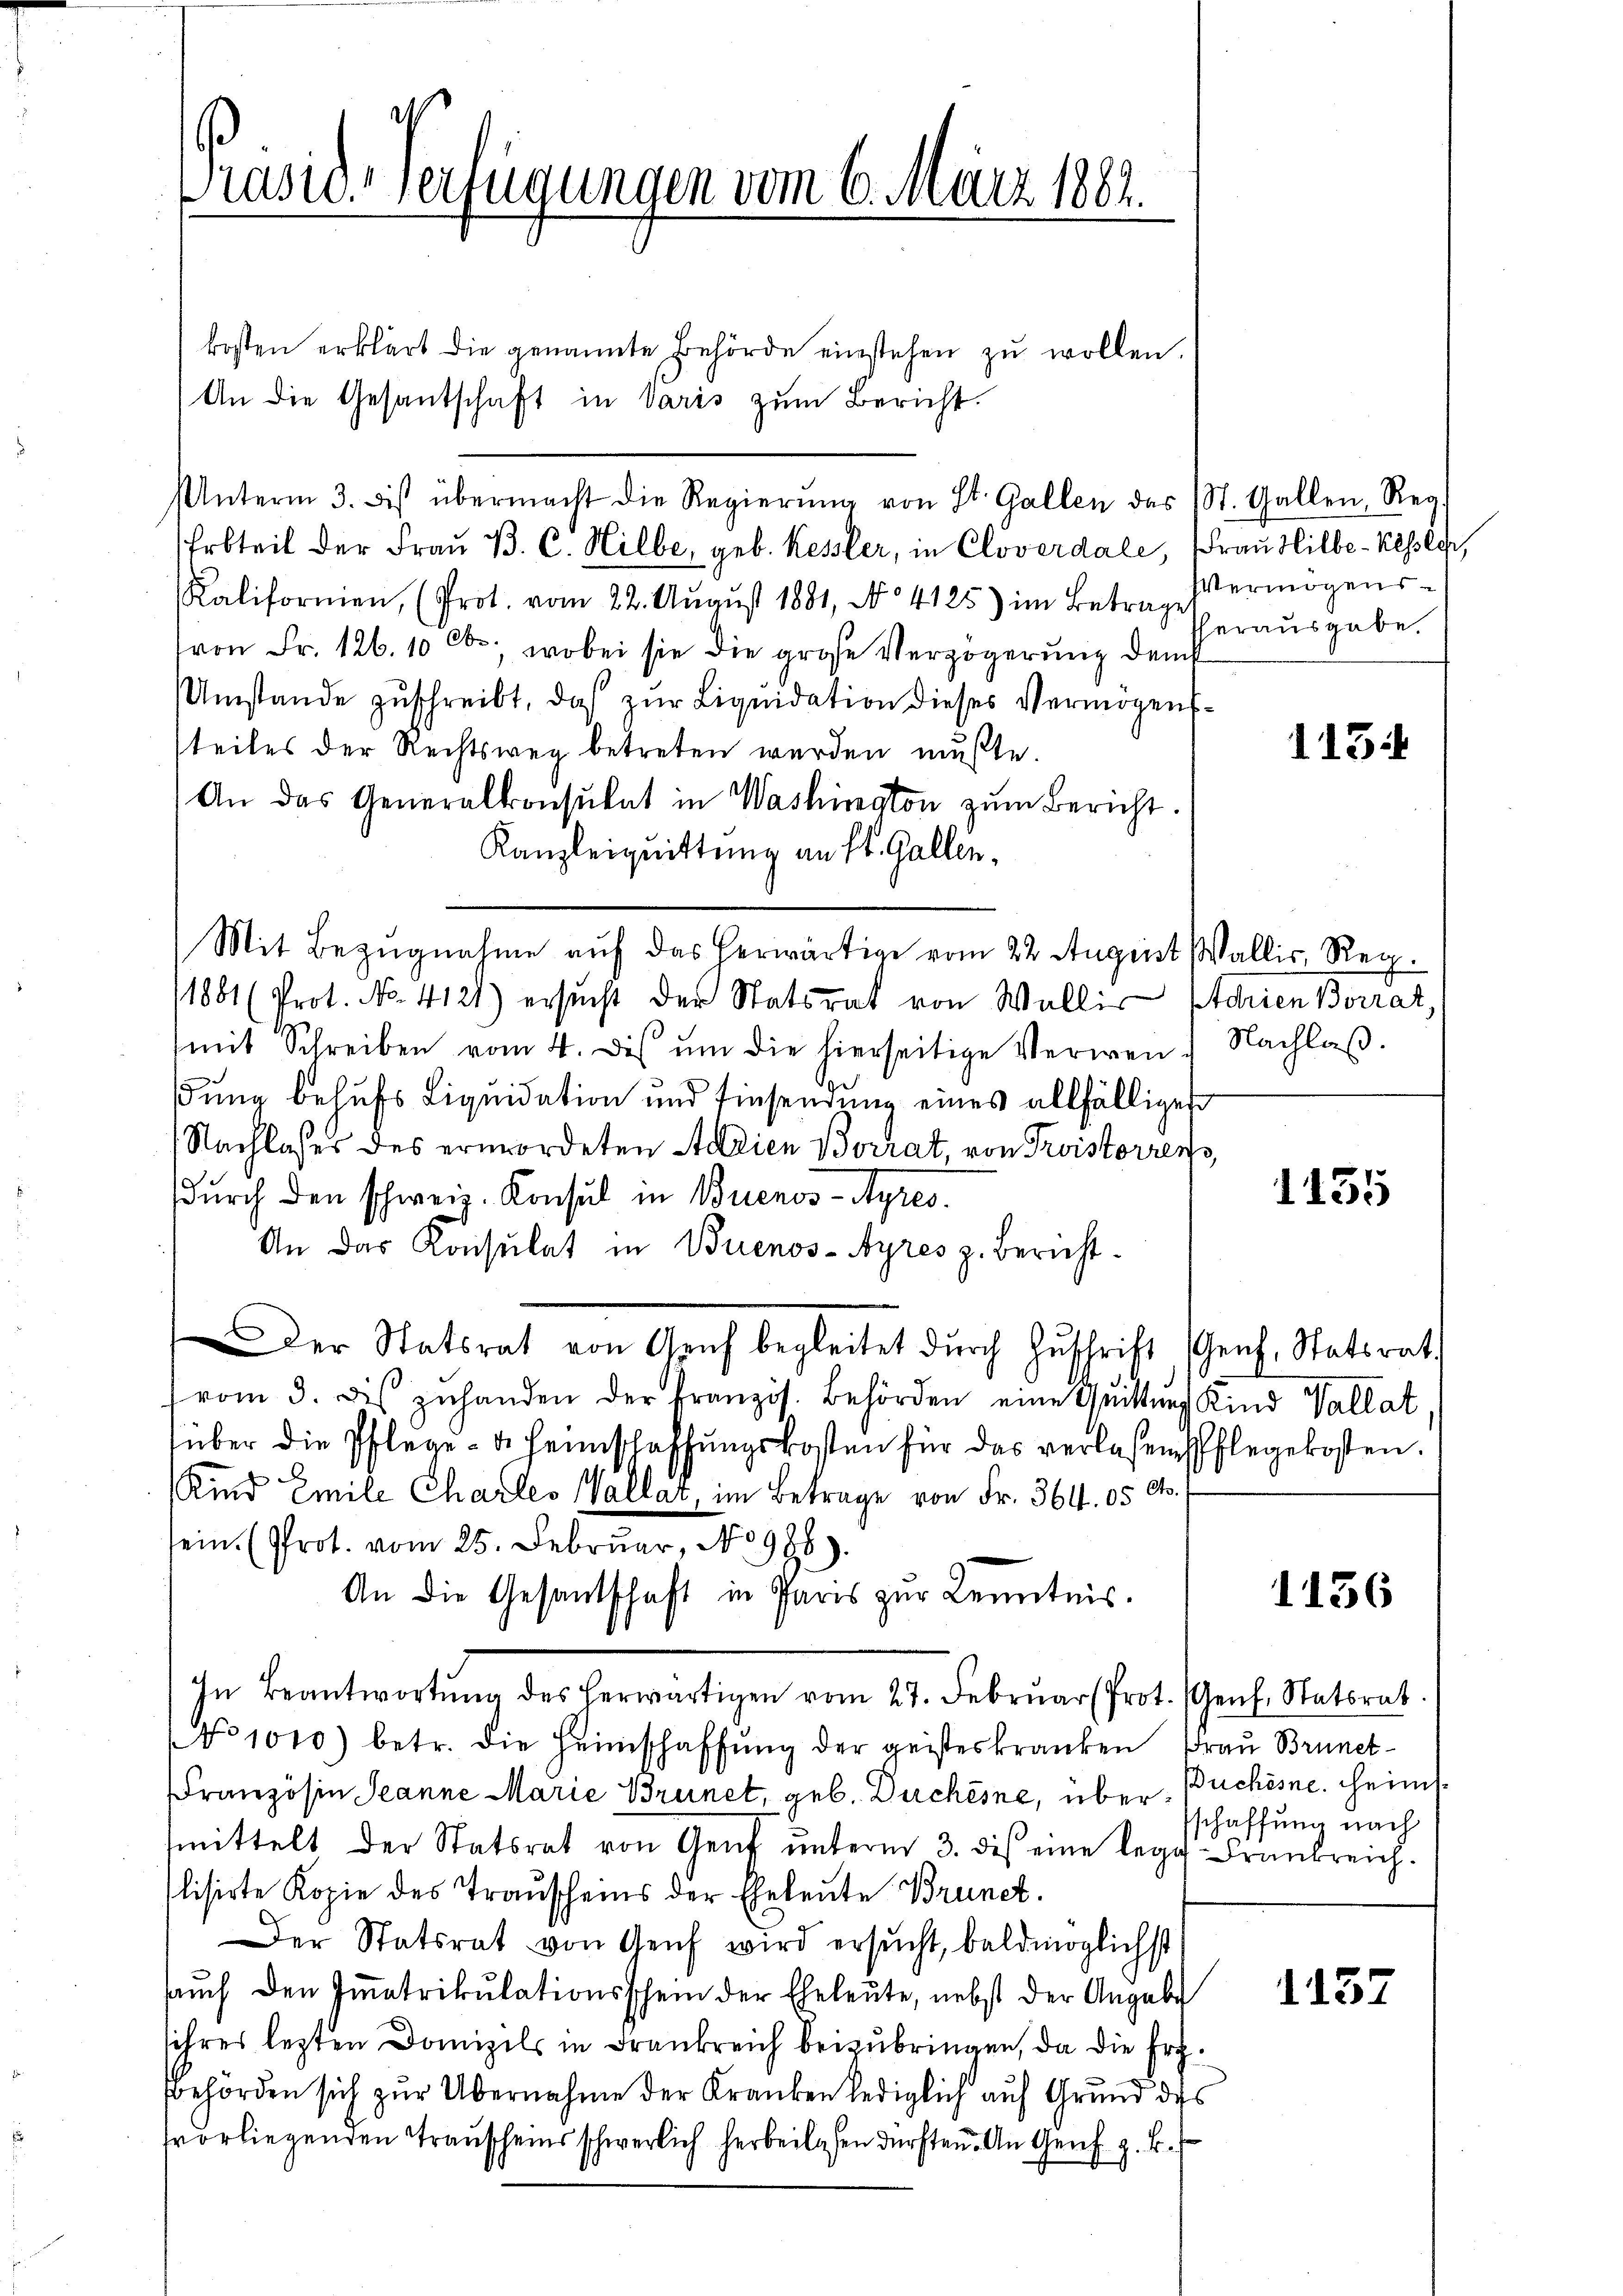
Präsid-Verfügungen vom 6. März 1882.

kosten erklärt die genannte Behörde einstehen zŭ wollen.
An die Gesantschaft in Varis zum Bericht.
Unterm 3. bis übermacht die Regierŭng von St. Gallen das St. Gallen, Reg
Erbteil der Frau B. C. Hilbe, geb. Kessler, in Cloverdale, Frau Hilbe-Kessler,
Ralifornien, (Prot. vom 22. August 1881, No 4125) im Betrage
von Fr. 126. 10 ct, wobei sie die große Verzögerung dem
Umstände zŭschreibt, das zŭr Liquidation dieses Vermögens-
teiles der Rechtsweg betreten werden mußte.
An das Generalkonsulat in Washington zŭm Bericht.
Kanzleiquittung an St. Gallen,
Mit Bezugnahme auf das herwärtige vom 22. August Wallis, Reg.
1881 (Prot. No. 4121) ersucht der Statsrat von Wallis Adrien Borrat,
(mit Schreiben vom 4. des um die hierseitige Verwen
dung behufs Liquidation und Einsendung eines allfälliges
Nachlasses des ermordeten Addien Borrat, von Troistorrents,
durch den schweiz. Konsul in Buenos-Ayres.
An das Konsulat in Buenos-Ayres z. Bericht¬
Der Statsrat von Genf begleitet dŭrch Zŭschrift (Genf, Statsrat
(vom 3. des zuhanden der kranzös. Behörden eine Quittung Kind Vallat
über die Pflege u. Heimschaffŭngskosten für das verlassen Pflegekosten.
Kind Emile Charles Vallar, im Betrage von Fr. 364. 05 Cts.
sein. (Prot. vom 25. Februar, No 986).
An die Gesantschaft in Paris zŭr Kenntnis.
In Beantwortŭng des herwärtigen vom 27. Febrŭar (Prot. Genf. Statsrat
No 1010) betr. die Heimschaffŭng der geisteskranken Frau Brünet-
Französin Jeanne Marie Brunet, geb. Duchesne, über Buchesne. Heimsmittelt der Statsrat von Genf unterm 3. des eine lege Frankreich.
slisirte Kopie des Trauscheins der Eheleute Brunet.
Der Statsrat von Aeŭf wird ersŭcht, baldmöglichst
aŭch den Immatrikulationsschein der Eheleute, nebst der Angabe
sihres lezten Domizils in Frankreich beizubringen, da die Er¬
Bbehörden sich zur Übernahme der Kranken lediglich auf Grund des
vorliegenden Trauscheins schwerlich herbeilassen dürften. An Genf z. B.

Vermögens-
herausgabe.

113:

Nachlaß.

1135

1156

schaffung nach

1157